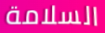
السلامة